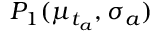
P _ { 1 } ( \mu _ { t _ { a } } , \sigma _ { a } )